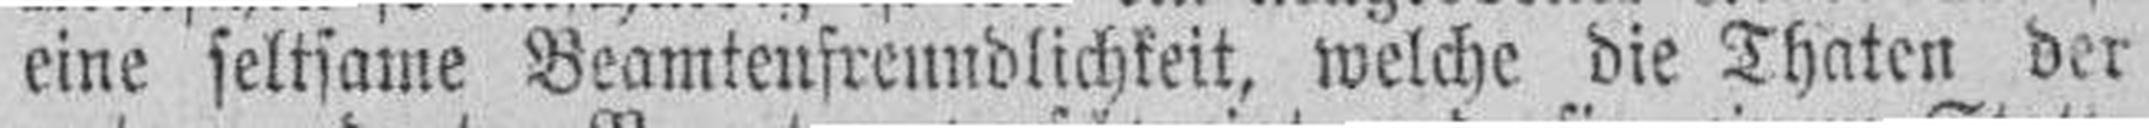
eine seltsame Beamteufreundlichkeit, welche die Thaten der